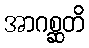
အာဂစ္ဆတိ